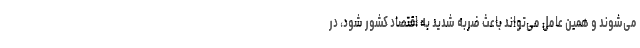
می‌شوند و همین عامل می‌تواند باعث ضربه شدید به اقتصاد کشور شود، در